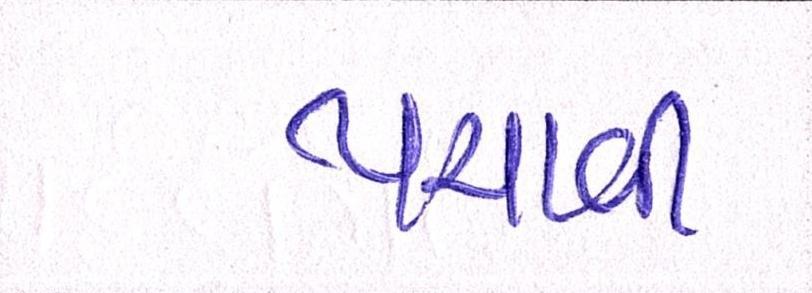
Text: પચાવી